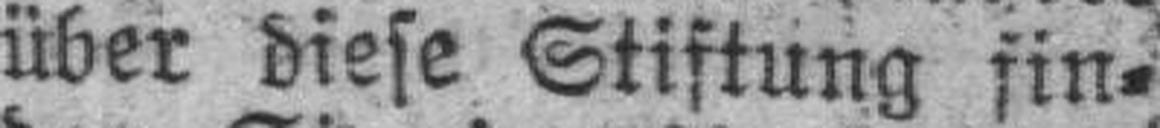
über diese Stiftung fin¬